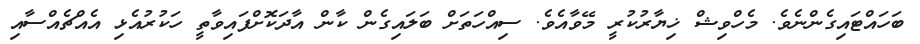
ބަހައްޓައިގެންނެވެ. މެހްވިޝް ޚިޔާރުކުރީ މޭވާއެވެ. ސިއްހަތަށް ބަލައިގެން ކާން އާދަކޮށްފައިވާތީ ހަކުރުއެޅި އެއްޗެއްސާއި